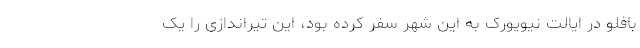
بافلو در ایالت نیویورک به این شهر سفر کرده بود، این تیراندازی را یک